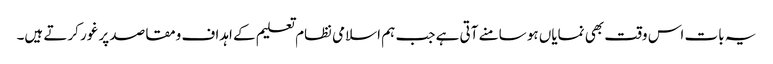
یہ بات اس وقت بھی نمایاں ہو سامنے آتی ہے جب ہم اسلامی نظام تعلیم کے اہداف ومقاصد پر غور کرتے ہیں۔